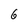
Character: 6